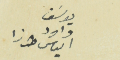
يوسف داود الياس طرزا